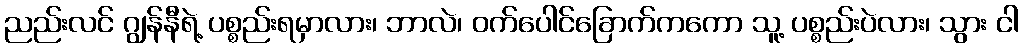
ညည်းလင် ဂျွန်နီရဲ့ ပစ္စည်းရမှာလား၊ ဘာလဲ၊ ဝက်ပေါင်ခြောက်ကကော သူ့ ပစ္စည်းပဲလား၊ သွား ငါ